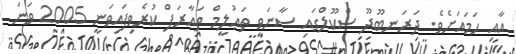
އާއި ހަމައަށެވެ. ދަރަނބޫދޫ ސްކޫލްގައި ސާނަވީ ތަޢުލީމް ތަޢާރަފް ކުރެވިފައިވަނީ 2005 ވަނަ